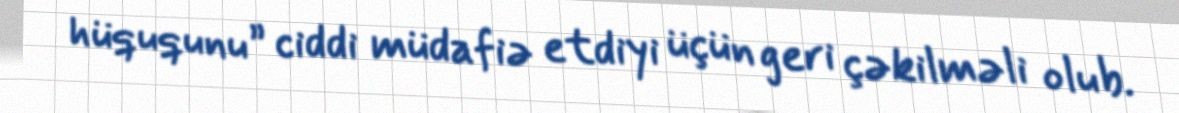
hüququnu” ciddi müdafiə etdiyi üçün geri çəkilməli olub.